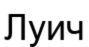
Луич